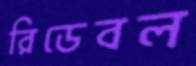
রিডেবল